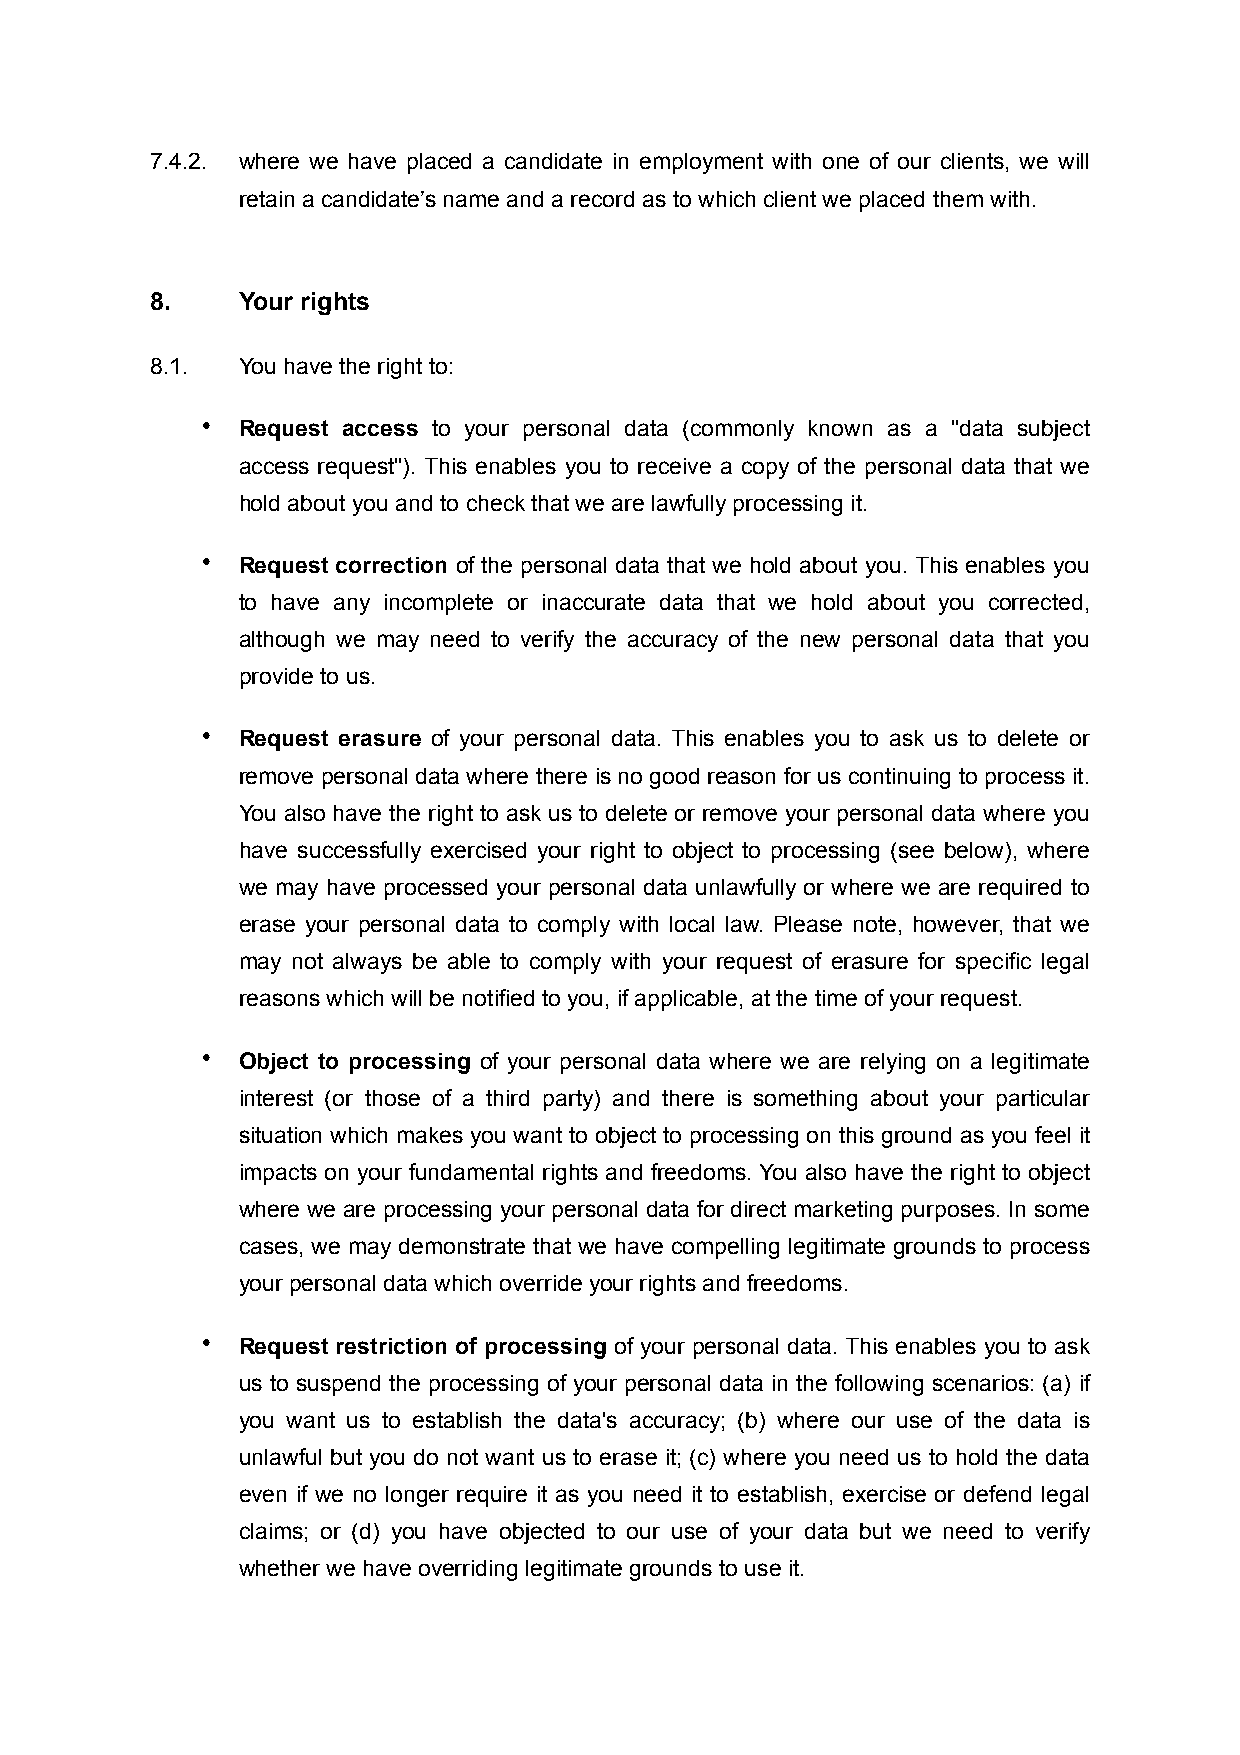
7.4.2. where we have placed a candidate in employment with one of our clients, we will
 retain a candidate’s name and a record as to which client we placed them with.
 8.    Your rights
 8.1.  You have the right to:
 •  Request access to your personal data (commonly known as a "data subject
 access request"). This enables you to receive a copy of the personal data that we
 hold about you and to check that we are lawfully processing it.
 •  Request correction of the personal data that we hold about you. This enables you
 to have any incomplete or inaccurate data that we hold about you corrected,
 although we may need to verify the accuracy of the new personal data that you
 provide to us.
 •  Request erasure of your personal data. This enables you to ask us to delete or
 remove personal data where there is no good reason for us continuing to process it.
 You also have the right to ask us to delete or remove your personal data where you
 have successfully exercised your right to object to processing (see below), where
 we may have processed your personal data unlawfully or where we are required to
 erase your personal data to comply with local law. Please note, however, that we
 may not always be able to comply with your request of erasure for specific legal
 reasons which will be notified to you, if applicable, at the time of your request.
 •  Object to processing of your personal data where we are relying on a legitimate
 interest (or those of a third party) and there is something about your particular
 situation which makes you want to object to processing on this ground as you feel it
 impacts on your fundamental rights and freedoms. You also have the right to object
 where we are processing your personal data for direct marketing purposes. In some
 cases, we may demonstrate that we have compelling legitimate grounds to process
 your personal data which override your rights and freedoms.
 •  Request restriction of processing of your personal data. This enables you to ask
 us to suspend the processing of your personal data in the following scenarios: (a) if
 you want us to establish the data's accuracy; (b) where our use of the data is
 unlawful but you do not want us to erase it; (c) where you need us to hold the data
 even if we no longer require it as you need it to establish, exercise or defend legal
 claims; or (d) you have objected to our use of your data but we need to verify
 whether we have overriding legitimate grounds to use it.